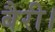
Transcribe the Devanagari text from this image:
बैरी।